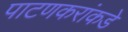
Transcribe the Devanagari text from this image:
पाटणकरांकडे